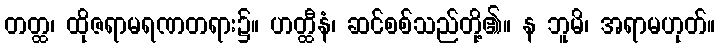
တတ္ထ၊ ထိုဇရာမရဏတရား၌။ ဟတ္ထီနံ၊ ဆင်စစ်သည်တို့၏။ န ဘူမိ၊ အရာမဟုတ်။